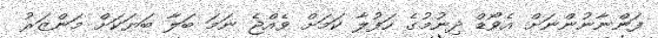
ފަންނާނުންނަށް އެވޯޑް ދިނުމުގެ ހަފުލާ ކަމަށް ވެއްޖެ ނަމަ ބަލާ ބަޔަކަށް މަންޒަރު